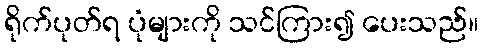
ရိုက်ပုတ်ရ ပုံများကို သင်ကြား၍ ပေးသည်။